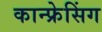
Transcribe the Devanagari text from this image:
कान्फ्रेसिंग